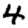
Digit: 4